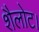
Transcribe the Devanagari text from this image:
शैलोट।